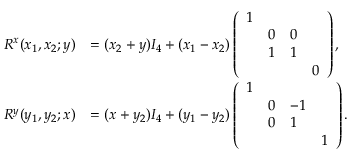
\begin{array} { r l } { R ^ { x } ( x _ { 1 } , x _ { 2 } ; y ) } & { = ( x _ { 2 } + y ) I _ { 4 } + ( x _ { 1 } - x _ { 2 } ) \left( \begin{array} { l l l l } { 1 } & & & \\ & { 0 } & { 0 } & \\ & { 1 } & { 1 } & \\ & & & { 0 } \end{array} \right) , } \\ { R ^ { y } ( y _ { 1 } , y _ { 2 } ; x ) } & { = ( x + y _ { 2 } ) I _ { 4 } + ( y _ { 1 } - y _ { 2 } ) \left( \begin{array} { l l l l } { 1 } & & & \\ & { 0 } & { - 1 } & \\ & { 0 } & { 1 } & \\ & & & { 1 } \end{array} \right) . } \end{array}